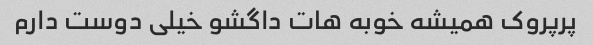
پرپروک همیشه خوبه هات داگشو خیلی دوست دارم